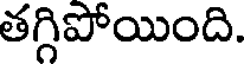
తగ్గిపోయింది.